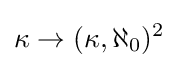
\kappa \rightarrow (\kappa ,\aleph _{0})^{2}